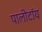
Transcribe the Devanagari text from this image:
पालीटॉय